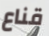
قناع